Civil Veterinary Department Bihar & Orissa reports 1922-29 - 1922-1929
Year: 1922
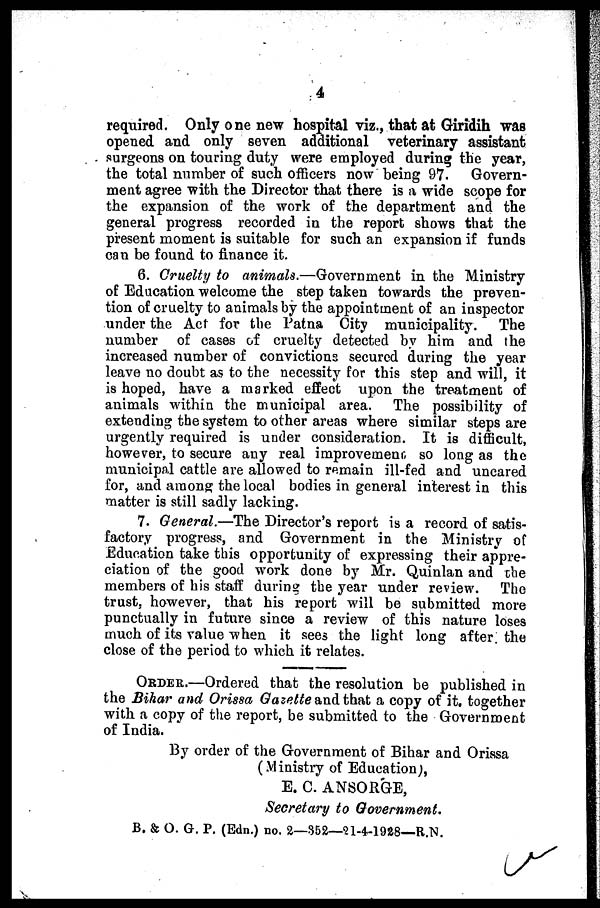
4
required. Only one new hospital viz., that at Giridih was
opened and only seven additional veterinary assistant
surgeons on touring duty were employed during the year,
the total number of such officers now being 97. Govern-
ment agree with the Director that there is a wide scope for
the expansion of the work of the department and the
general progress recorded in the report shows that the
present moment is suitable for such an expansion if funds
can be found to finance it.
6. Cruelty to animals.—Government in the Ministry
of Education welcome the step taken towards the preven-
tion of cruelty to animals by the appointment of an inspector
under the Act for the Patna City municipality. The
number of cases of cruelty detected by him and the
increased number of convictions secured during the year
leave no doubt as to the necessity for this step and will, it
is hoped, have a marked effect upon the treatment of
animals within the municipal area. The possibility of
extending the system to other areas where similar steps are
urgently required is under consideration. It is difficult,
however, to secure any real improvement so long as the
municipal cattle are allowed to remain ill-fed and uncared
for, and among the local bodies in general interest in this
matter is still sadly lacking.
7. General.—The Director's report is a record of satis-
factory progress, and Government in the Ministry of
Education take this opportunity of expressing their appre-
ciation of the good work done by Mr. Quinlan and the
members of his staff during the year under review. The
trust, however, that his report will be submitted more
punctually in future since a review of this nature loses
much of its value when it sees the light long after, the
close of the period to which it relates.
ORDER.—Ordered that the resolution be published in
the Bihar and Orissa Gazette and that a copy of it, together
with a copy of the report, be submitted to the Government
of India.
By order of the Government of Bihar and Orissa
(Ministry of Education;,
E. C. ANSORGE,
Secretary to Government.
B. & O. G. P. (Edn.) no. 2—352—21-4-1928—.R.N.